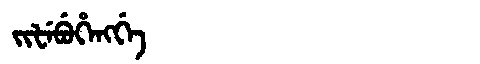
Manchu: ᠵᡳᡶᡝᠪᡠᡥᡝᠩᡤᡝ
Romanization: JIFEBUHENGGE